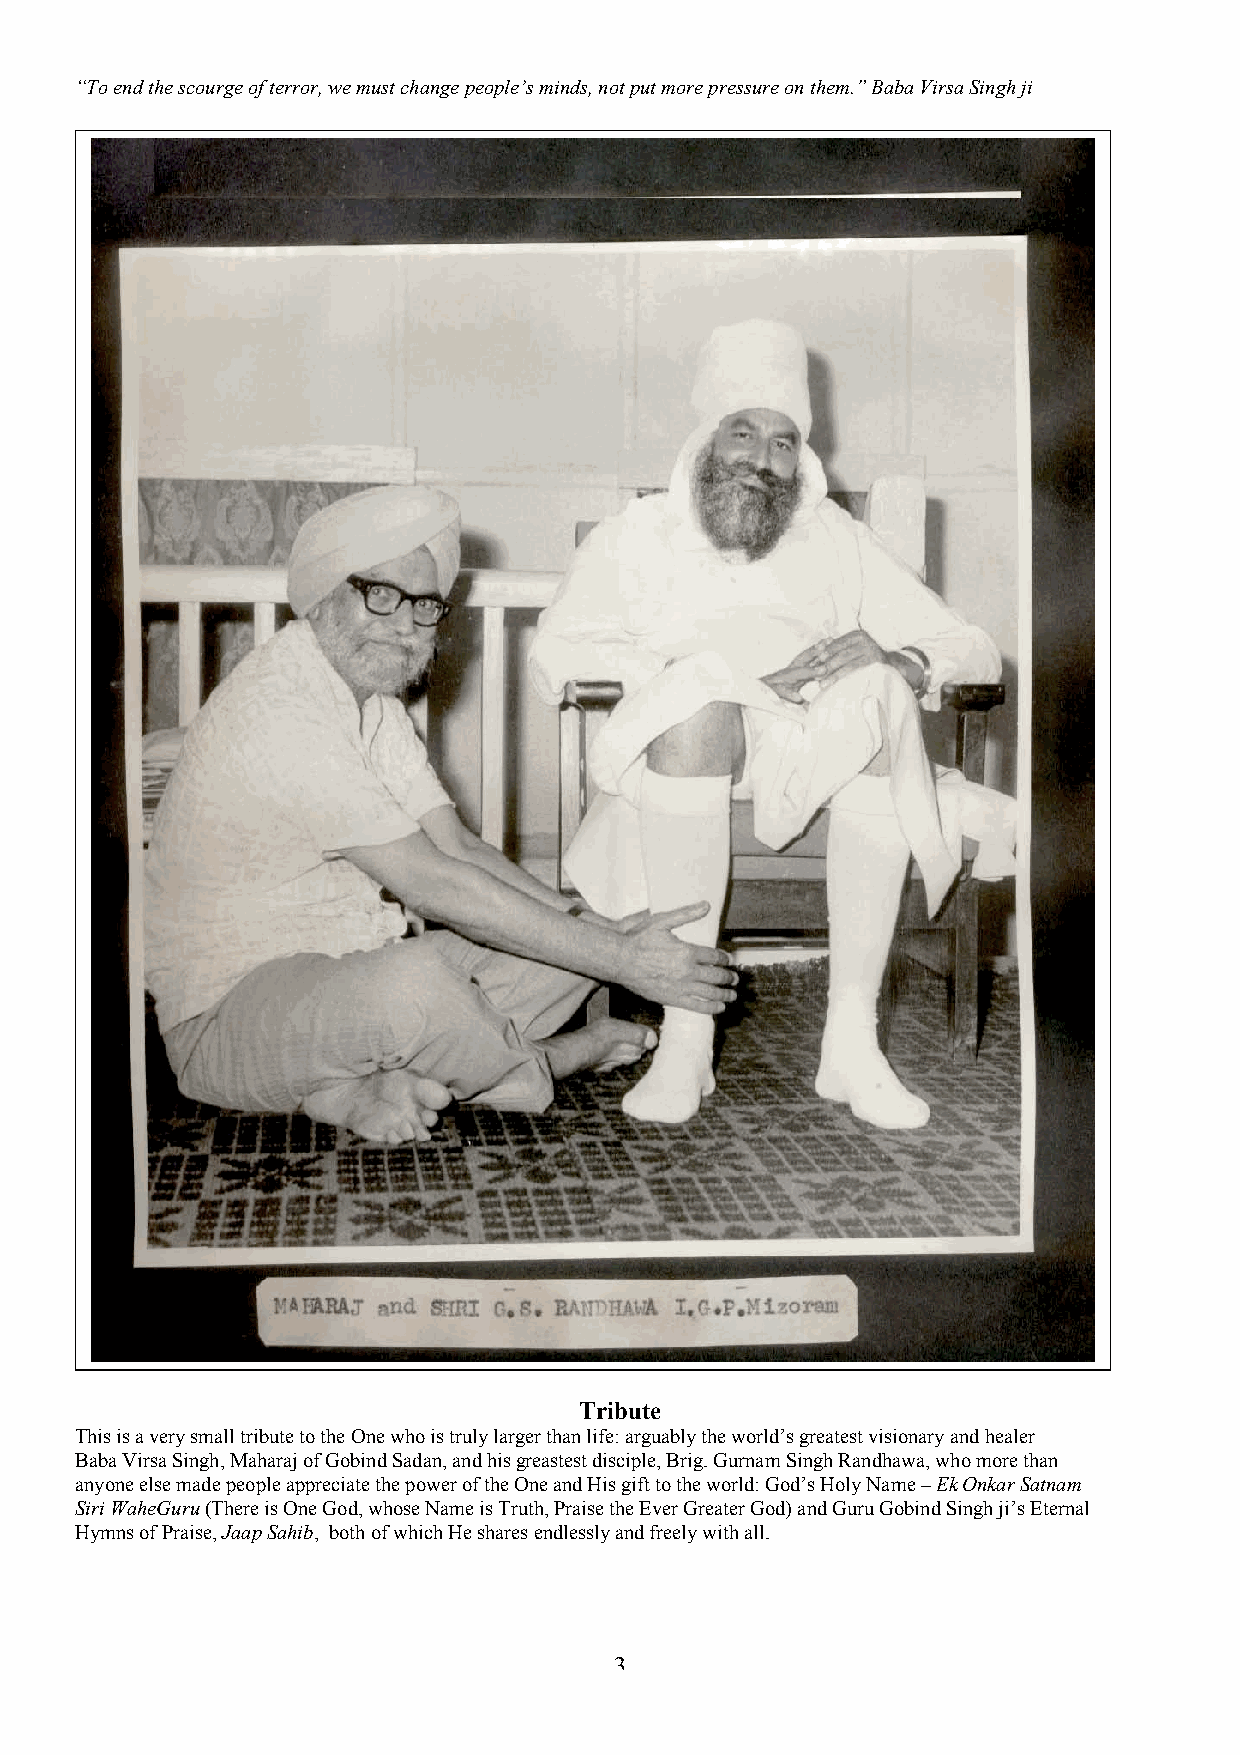
“To end the scourge of terror, we must change people’s minds, not put more pressure on them.” Baba Virsa Singh ji
 Tribute
 This is a very small tribute to the One who is truly larger than life: arguably the world’s greatest visionary and healer
 Baba Virsa Singh, Maharaj of Gobind Sadan, and his greastest disciple, Brig. Gurnam Singh Randhawa, who more than
 anyone else made people appreciate the power of the One and His gift to the world: God’s Holy Name – Ek Onkar Satnam
 Siri WaheGuru (There is One God, whose Name is Truth, Praise the Ever Greater God) and Guru Gobind Singh ji’s Eternal
 Hymns of Praise, Jaap Sahib, both of which He shares endlessly and freely with all.
 3